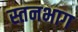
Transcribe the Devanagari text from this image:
स्तनभाग